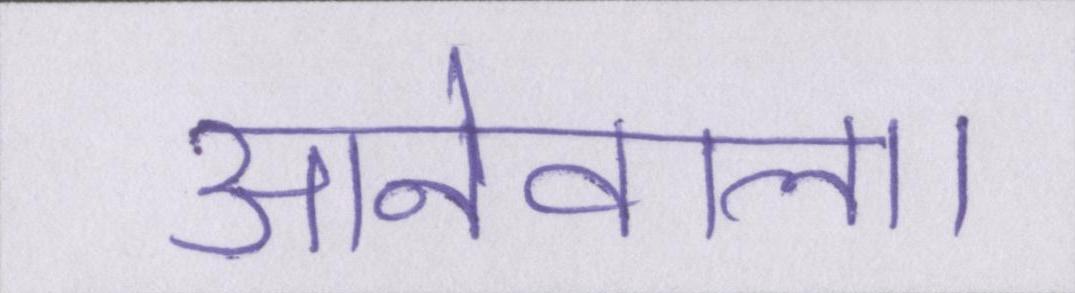
आनेवाला।